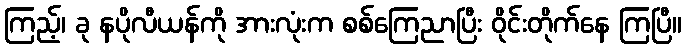
ကြည့်၊ ခု နပိုလီယန်ကို အားလုံးက စစ်ကြေညာပြီး ဝိုင်းတိုက်နေ ကြပြီ။